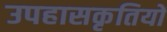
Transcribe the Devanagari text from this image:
उपहासकृतियों